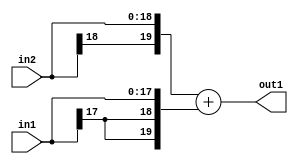
`timescale 1ps / 1ps
/*****************************************************************************
    Verilog RTL Description
    
    
    Created by: Stratus DpOpt 2019.1.01 
*******************************************************************************/

module SobelFilter_Add_19Sx18S_20S_4 (
	in2,
	in1,
	out1
	); /* architecture "behavioural" */ 
input [18:0] in2;
input [17:0] in1;
output [19:0] out1;
wire [19:0] asc001;

assign asc001 = 
	+({in2[18], in2})
	+({{2{in1[17]}}, in1});

assign out1 = asc001;
endmodule

/* CADENCE  ubT4QgE= : u9/ySgnWtBlWxVPRXgAZ4Og= ** DO NOT EDIT THIS LINE ******/